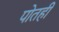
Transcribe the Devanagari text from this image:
पोतही